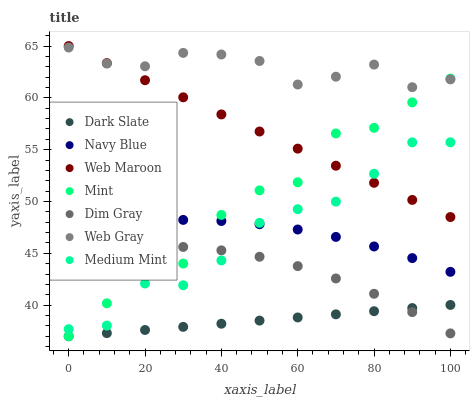
| xaxis_label | Dark Slate | Navy Blue | Web Maroon | Mint | Dim Gray | Web Gray | Medium Mint |
 | --- | --- | --- | --- | --- | --- | --- | --- |
 | 0 | 37 | 47.3 | 65 | 37 | 44.9 | 64.9 | 37.7 |
 | 10 | 37.3 | 47.8 | 63.4 | 40.2 | 45.4 | 63.3 | 38 |
 | 20 | 37.6 | 48.1 | 61.7 | 43.2 | 45.7 | 63 | 42.1 |
 | 30 | 37.9 | 48.2 | 60.1 | 44 | 45.6 | 64.3 | 41.9 |
 | 40 | 38.2 | 48.1 | 58.4 | 48.7 | 45.3 | 64.2 | 44.3 |
 | 50 | 38.5 | 47.8 | 56.8 | 51.1 | 44.7 | 63.6 | 47.9 |
 | 60 | 38.8 | 47.3 | 55.1 | 51.9 | 43.8 | 61.3 | 49.3 |
 | 70 | 39.1 | 46.6 | 53.5 | 56.6 | 42.6 | 62 | 50 |
 | 80 | 39.4 | 45.7 | 51.8 | 57.1 | 41.1 | 63.2 | 52.7 |
 | 90 | 39.7 | 44.5 | 50.2 | 59.6 | 39.3 | 61 | 55.7 |
 | 100 | 40 | 43.2 | 48.5 | 61.9 | 37.3 | 61.8 | 55.7 |